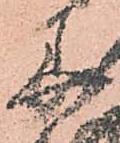
美